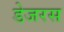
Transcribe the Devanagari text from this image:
डेजरस